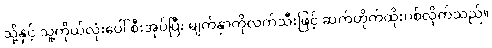
သို့နှင့် သူ့ကိုယ်လုံးပေါ် စီးအုပ်ပြီး မျက်နှာကိုလက်သီးဖြင့် ဆက်တိုက်ထိုးပစ်လိုက်သည်။